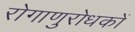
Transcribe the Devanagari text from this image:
रोगाणुरोधकों